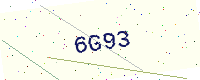
Text: 6G93